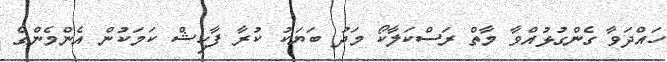
ހައްދަވާ ގެންގުޅުއްވާ މާތް ރަސްކަލާކޯ މަދު ބަޔަކު ކުރާ ފާހިޝް ކަމަކުން އެންމެންގެ